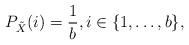
LaTeX: \begin{align*} P_{\tilde{X}}(i) = \frac{1}{b},i \in\{1,\ldots,b\},\end{align*}